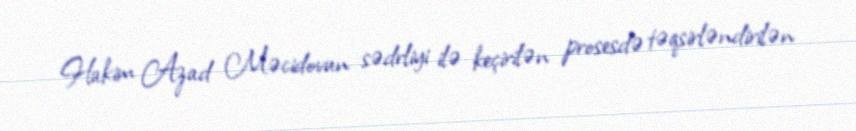
Hakim Azad Məcidovun sədrliyi ilə keçirilən prosesdə təqsirləndirilən